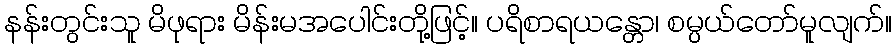
နန်းတွင်းသူ မိဖုရား မိန်းမအပေါင်းတို့ဖြင့်။ ပရိစာရယန္တော၊ စမ္ပယ်တော်မူလျက်။